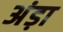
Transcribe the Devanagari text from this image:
अंड़ा